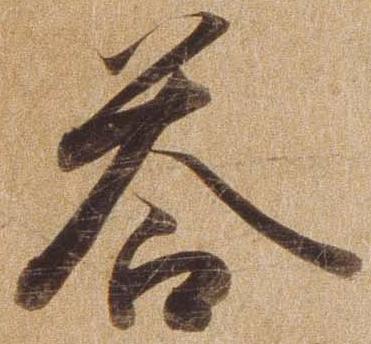
答